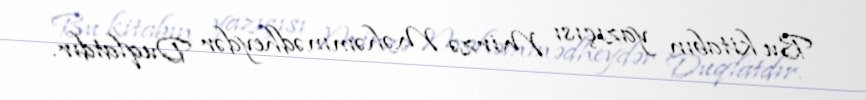
Bu kitabın yazıçısı Mirzə Məhəmmədheydər Duqlatdır.